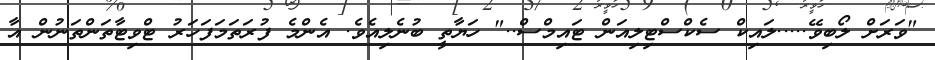
"ވަރަށް ލޯބިވޭ.....ލައިކް ސެކްސްޓިލިއަން ޓައިމްސް.." ހަޔާތީ ބުނެލިއެވެ. އެންމެ ފުރަތަމަފަހަރު ޓްވިޓާތަންތަނުން އާ